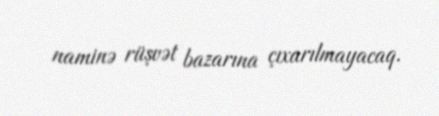
naminə rüşvət bazarına çıxarılmayacaq.